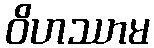
ဝိဟဿာမ